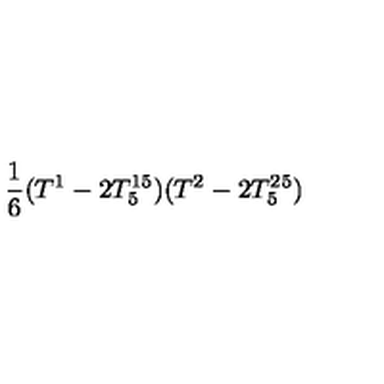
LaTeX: \frac { 1 } { 6 } ( T ^ { 1 } - 2 T _ { 5 } ^ { 1 5 } ) ( T ^ { 2 } - 2 T _ { 5 } ^ { 2 5 } )